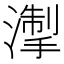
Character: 𪷘